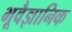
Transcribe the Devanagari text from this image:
भूवैज्ञानिक